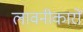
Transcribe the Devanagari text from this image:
लावनीकारों